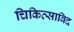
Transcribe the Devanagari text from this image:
चिकित्साविद